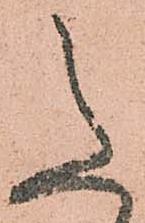
意